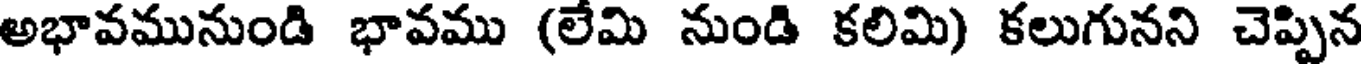
అభావమునుండి భావము (లేమి నుండి కలిమి) కలుగునని చెప్పిన